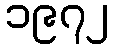
၁၉၇၂